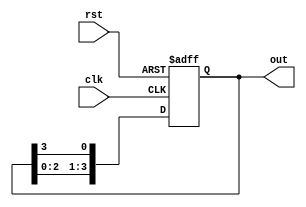
module ring_counter #(
    parameter N = 4  // Number of flip-flops (states)
)(
    input wire clk,       // Clock signal
    input wire rst,       // Asynchronous reset signal
    output reg [N-1:0] out // Output representing the current state
);

// Internal signal to hold the next state
reg [N-1:0] next_state;

// Sequential logic to define the state transitions
always @(posedge clk or posedge rst) begin
    if (rst) begin
        // On reset, initialize to the first state
        out <= 1'b1 << 0; // Set the first flip-flop to '1' and others to '0'
    end else begin
        out <= next_state;
    end
end

// Combinational logic to define the next state
always @* begin
    // Default next state is the current state shifted left
    next_state = {out[N-2:0], out[N-1]};
end

endmodule